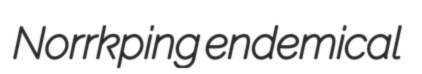
Norrkping endemical